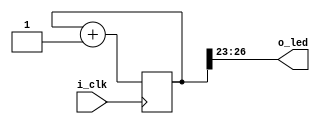
`default_nettype none

module blinky(i_clk, o_led);

    input wire i_clk;
    output wire [3:0] o_led;

    parameter WIDTH = 27;

    reg [WIDTH-1:0] counter;

    initial counter = 0;

    // Complex pattern for the lid being lit and not
    // assign o_led[3] <= ^counter[WIDTH-1:WIDTH-3];

    // Longer flashes
    // assign o_led[3] <= |counter[WIDTH-1:WIDTH-3];

    // Shorter flashes
    // assign o_led[3] <= &counter[WIDTH-1:WIDTH-3];

    assign o_led[3] = counter[WIDTH-1];
    assign o_led[2] = counter[WIDTH-2];
    assign o_led[1] = counter[WIDTH-3];
    assign o_led[0] = counter[WIDTH-4];

    always @(posedge i_clk)
    begin
        counter <= counter + 1'b1;        
    end

endmodule